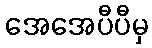
အေအေပီပီမှ